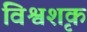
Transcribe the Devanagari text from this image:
विश्वशृक